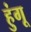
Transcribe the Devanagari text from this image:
हुंगू